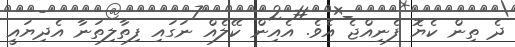
ދެ ތިން ކެޔޮ ފެނިއްޖެ އެވެ. އެއިން ކޭލެއް ނަގައި ފިތާލިތަނާ އެދިޔައީ